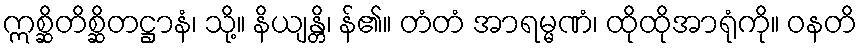
ဣစ္ဆိတိစ္ဆိတဋ္ဌာနံ၊ သို့။ နိယျန္တိ၊ န်၏။ တံတံ အာရမ္မဏံ၊ ထိုထိုအာရုံကို။ ဝနတိ